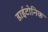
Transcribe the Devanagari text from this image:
डाईटोनिक